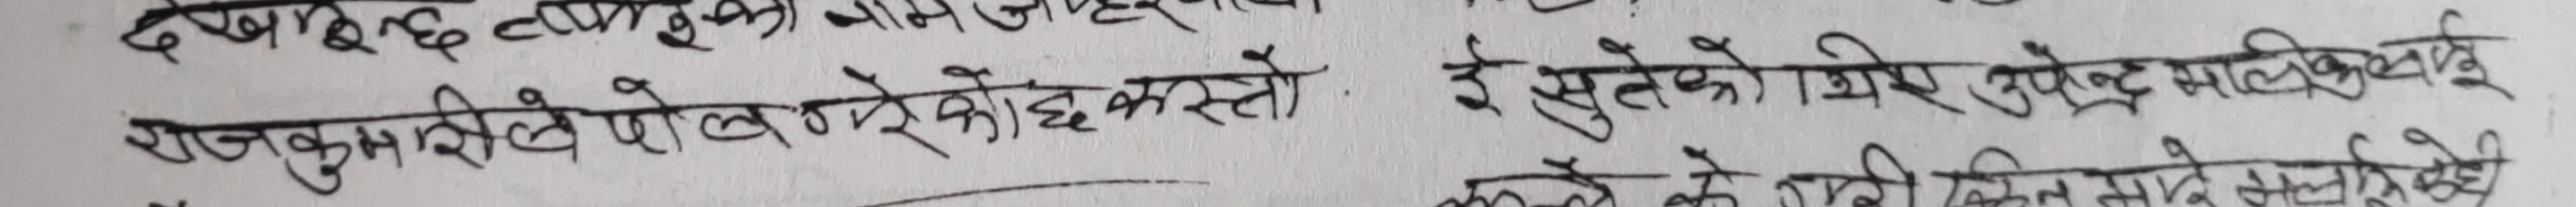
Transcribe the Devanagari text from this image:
राजकुमारिले पोल्नेको हो कस्तो | ई. सुतेको शिर सुपेन्द्र मालिक भाई